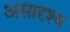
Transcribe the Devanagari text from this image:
असादृश्य